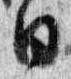
目